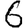
Digit: 6